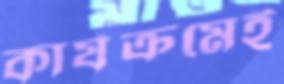
কার্যক্রমেই